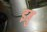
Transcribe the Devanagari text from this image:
इबु